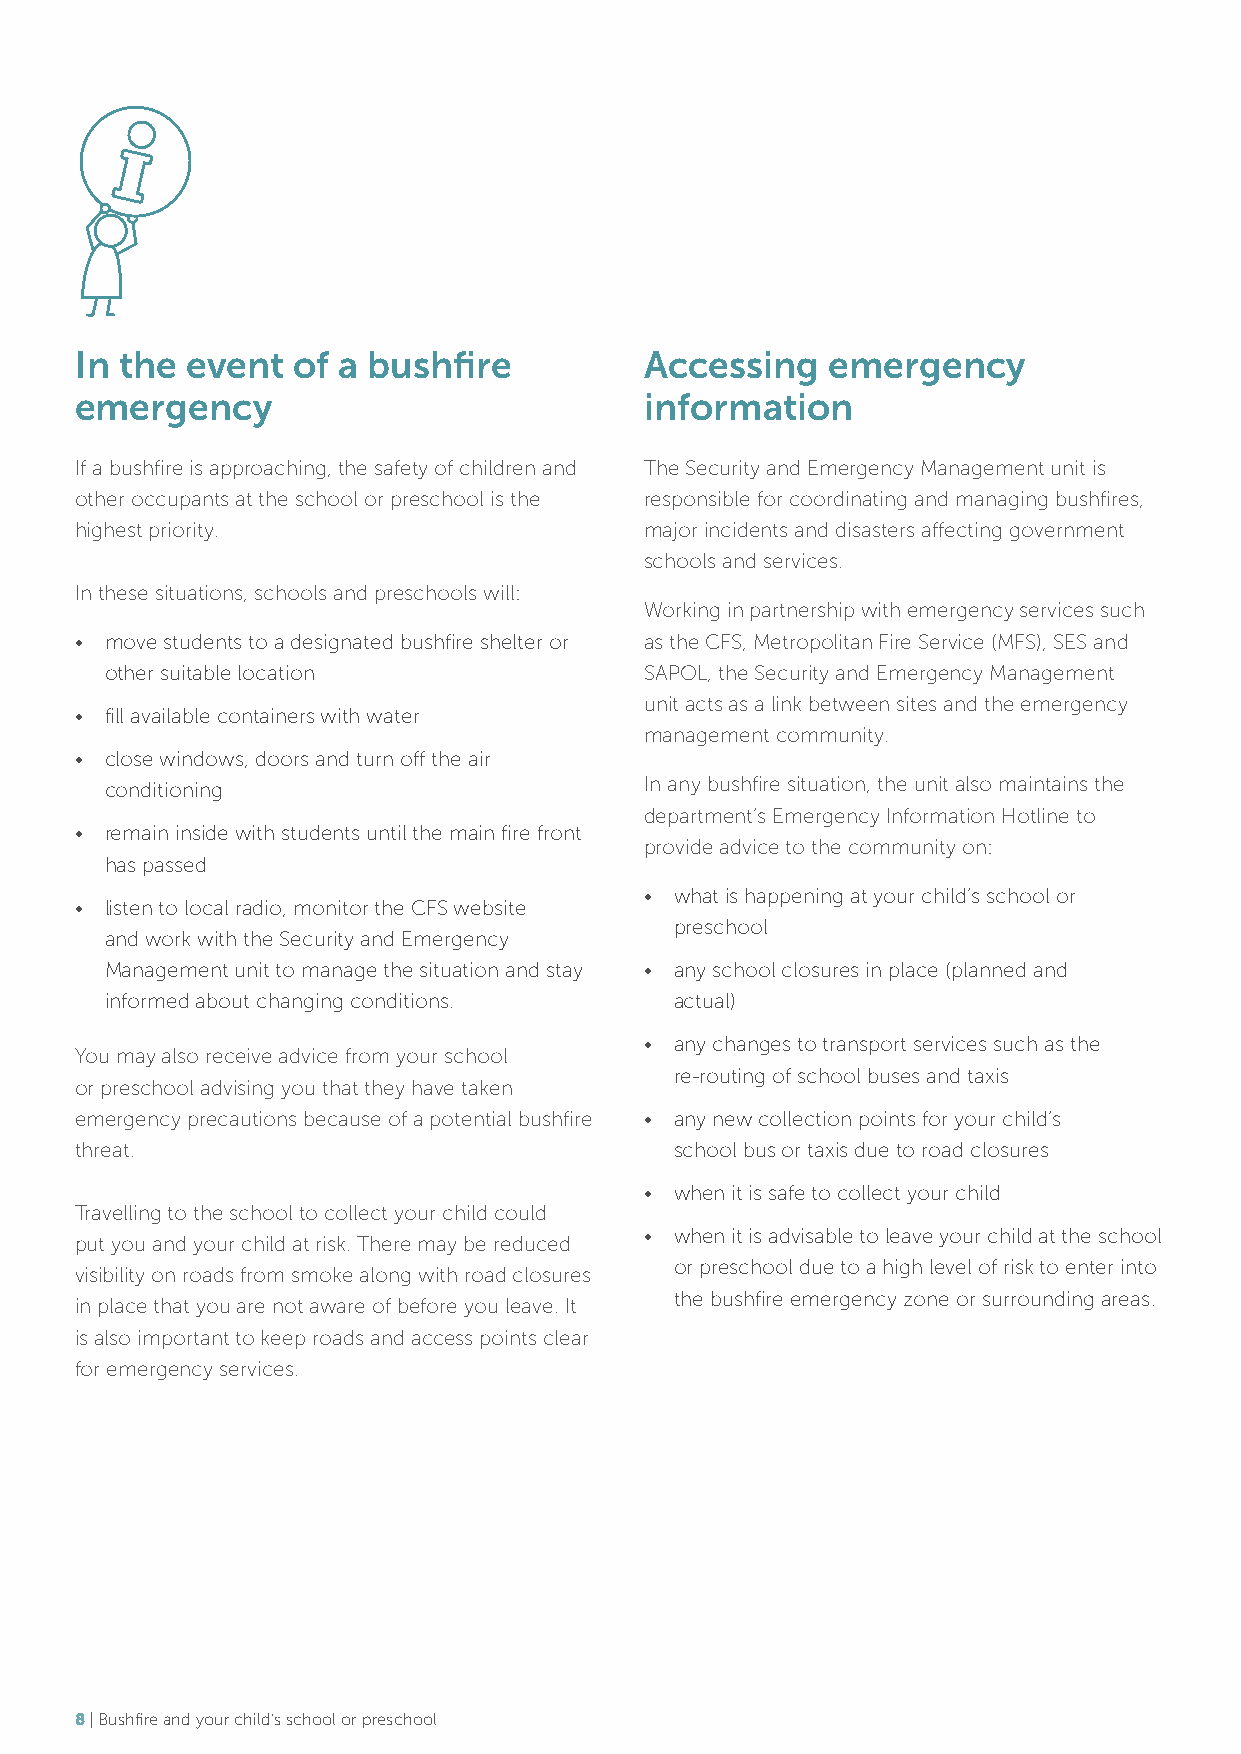
In the event  of a bushfire           Accessing   emergency
 emergency                             information
 If a bushfire is approaching, the safety of children and The Security and Emergency Management unit is
 other occupants at the school or preschool is the responsible for coordinating and managing bushfires,
 highest priority.                     major incidents and disasters affecting government
 schools and services.
 In these situations, schools and preschools will:
 Working in partnership with emergency services such
 • move students to a designated bushfire shelter or as the CFS, Metropolitan Fire Service (MFS), SES and
 other suitable location             SAPOL, the Security and Emergency Management
 unit acts as a link between sites and the emergency
 • fill available containers with water
 management community.
 • close windows, doors and turn off the air
 conditioning                        In any bushfire situation, the unit also maintains the
 department’s Emergency Information Hotline to
 • remain inside with students until the main fire front
 provide advice to the community on:
 has passed
 • what is happening at your child’s school or
 • listen to local radio, monitor the CFS website
 preschool
 and work with the Security and Emergency
 Management unit to manage the situation and stay • any school closures in place (planned and
 informed about changing conditions.   actual)
 • any changes to transport services such as the
 You may also receive advice from your school
 re-routing of school buses and taxis
 or preschool advising you that they have taken
 emergency precautions because of a potential bushfire • any new collection points for your child’s
 threat.                                 school bus or taxis due to road closures
 • when it is safe to collect your child
 Travelling to the school to collect your child could
 • when it is advisable to leave your child at the school
 put you and your child at risk. There may be reduced
 or preschool due to a high level of risk to enter into
 visibility on roads from smoke along with road closures
 the bushfire emergency zone or surrounding areas.
 in place that you are not aware of before you leave. It
 is also important to keep roads and access points clear
 for emergency services.
 8 | Bushfire and your child’s school or preschool